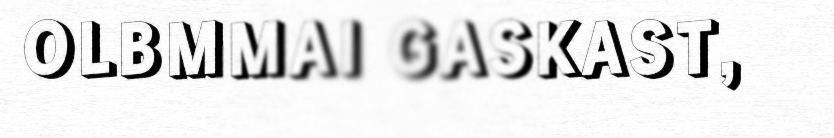
OLBMMAI GASKAST,